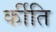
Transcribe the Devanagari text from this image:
र्कीति